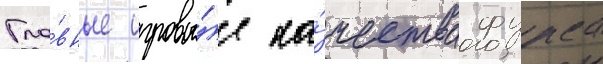
Гла́вные игровы́е ка́чества фурса